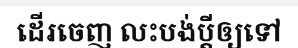
ដើរចេញ លះបង់ប្តីឲ្យទៅ